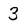
Character: 3